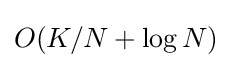
O(K/N+\log N)